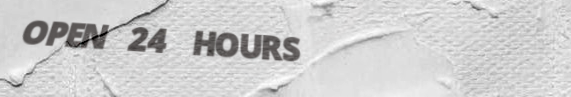
OPEN 24 HOURS